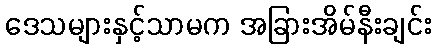
ဒေသများနှင့်သာမက အခြားအိမ်နီးချင်း